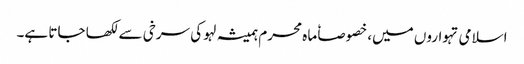
اسلامی تہواروں میں، خصوصاٗ ماہ محرم ہمیشہ لہو کی سرخی سے لکھا جاتا ہے۔